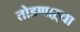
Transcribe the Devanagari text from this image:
तोडणाऱ्या